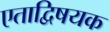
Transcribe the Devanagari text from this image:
एताद्विषयक